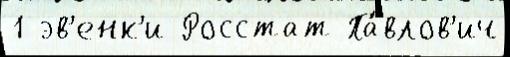
1 эв'енк'и Росстат Па́влов'ич